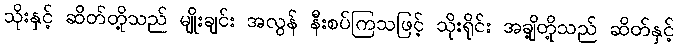
သိုးနှင့် ဆိတ်တို့သည် မျိုးချင်း အလွန် နီးစပ်ကြသဖြင့် သိုးရိုင်း အချို့တို့သည် ဆိတ်နှင့်